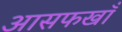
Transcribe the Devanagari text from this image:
आसफखाँ